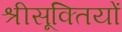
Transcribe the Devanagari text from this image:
श्रीसूक्तियों